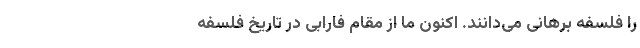
را فلسفه برهانی می‌دانند. اکنون ما از مقام فارابی در تاریخ فلسفه